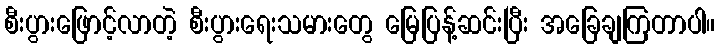
စီးပွားဖြောင့်လာတဲ့ စီးပွားရေးသမားတွေ မြေပြန့်ဆင်းပြီး အခြေချကြတာပါ။